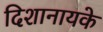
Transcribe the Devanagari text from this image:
दिशानायके